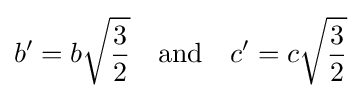
b'=b{\sqrt {\frac {3}{2}}}\quad {\text{and}}\quad c'=c{\sqrt {\frac {3}{2}}}